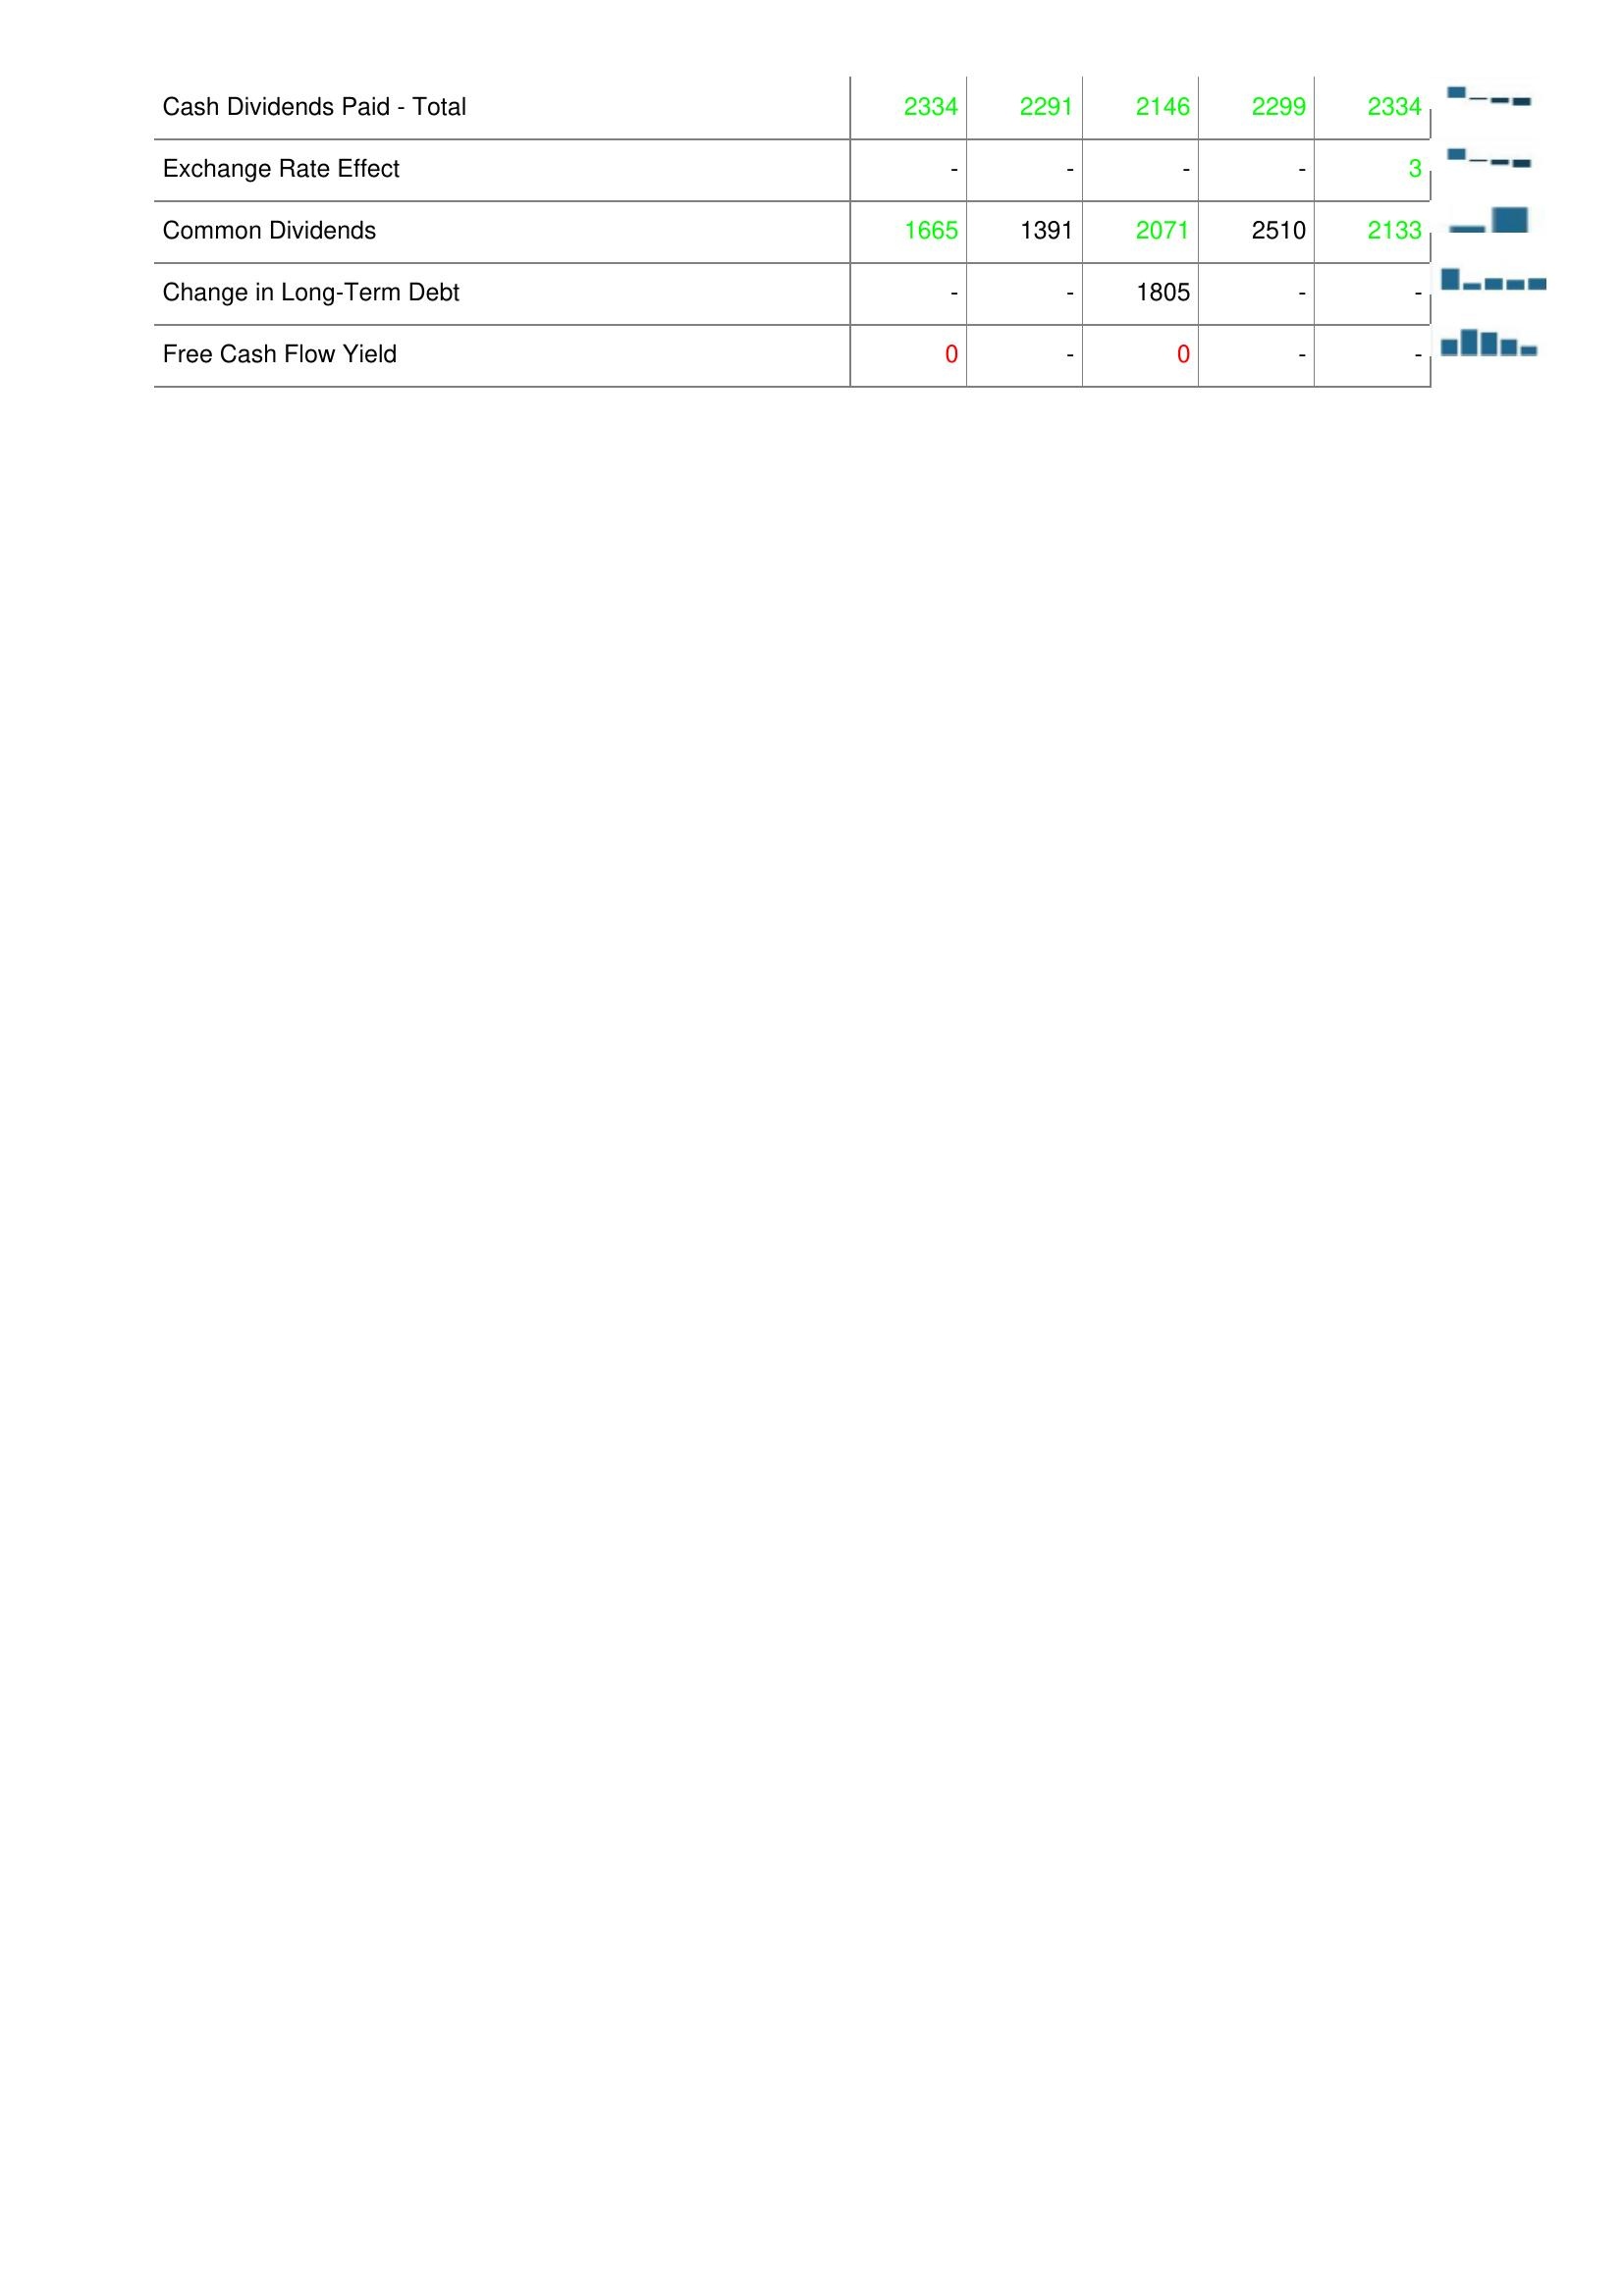
2012: Financing Activities: Cash Dividends Paid - Total: 2334
Exchange Rate Effect: -
Common Dividends: 1665
Change in Long-Term Debt: -
Free Cash Flow Yield: 0
2011: Financing Activities: Cash Dividends Paid - Total: 2291
Exchange Rate Effect: -
Common Dividends: 1391
Change in Long-Term Debt: -
Free Cash Flow Yield: -
2010: Financing Activities: Cash Dividends Paid - Total: 2146
Exchange Rate Effect: -
Common Dividends: 2071
Change in Long-Term Debt: 1805
Free Cash Flow Yield: 0
2009: Financing Activities: Cash Dividends Paid - Total: 2299
Exchange Rate Effect: -
Common Dividends: 2510
Change in Long-Term Debt: -
Free Cash Flow Yield: -
2008: Financing Activities: Cash Dividends Paid - Total: 2334
Exchange Rate Effect: 3
Common Dividends: 2133
Change in Long-Term Debt: -
Free Cash Flow Yield: -